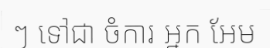
ៗ ទៅជា ចំការ អ្នក អែម